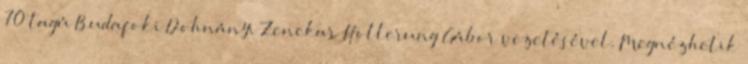
70 tagú Budafoki Dohnányi Zenekar Hollerung Gábor vezetésével. Megnézhetik